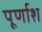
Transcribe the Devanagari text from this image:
पूर्णाश